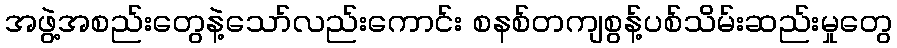
အဖွဲ့အစည်းတွေနဲ့သော်လည်းကောင်း စနစ်တကျစွန့်ပစ်သိမ်းဆည်းမှုတွေ